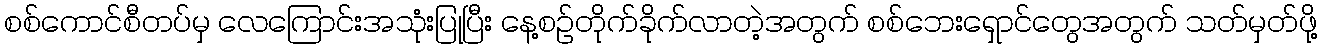
စစ်ကောင်စီတပ်မှ လေကြောင်းအသုံးပြုပြီး နေ့စဉ်တိုက်ခိုက်လာတဲ့အတွက် စစ်ဘေးရှောင်တွေအတွက် သတ်မှတ်ဖို့